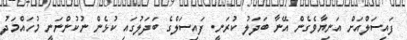
ފައިސަލްއަށް އަނިޔާވެގެން އޭނާ ބަދަލު ކުރަނީ. ފައިސަލްގެ ބަދަލުގައި ކުޅެން ނުކުންނަނީ މުހައްމަދު